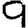
Digit: 9